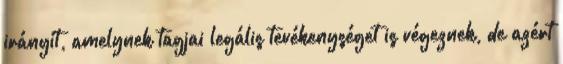
irányít, amelynek tagjai legális tevékenységet is végeznek, de azért